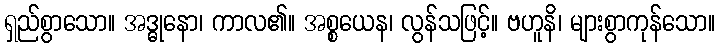
ရှည်စွာသော။ အဒ္ဓုနော၊ ကာလ၏။ အစ္စယေန၊ လွန်သဖြင့်။ ဗဟူနိ၊ များစွာကုန်သော။